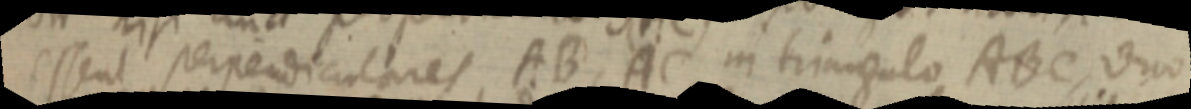
essent perpendiculares, AB, AC in triangulo ABC, duo